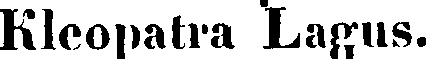
Kleopatra Lagus.